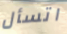
اتسأل